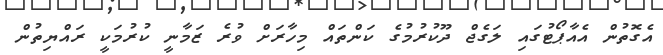
އެގޮތުން އެއާޕޯޓުގައި ލަގެޖް ދޫކުރުމުގެ ކަންތައް މިހާރަށް ވުރެ ޒަމާނީ ކުރުމަކީ ރައްޔިތުން